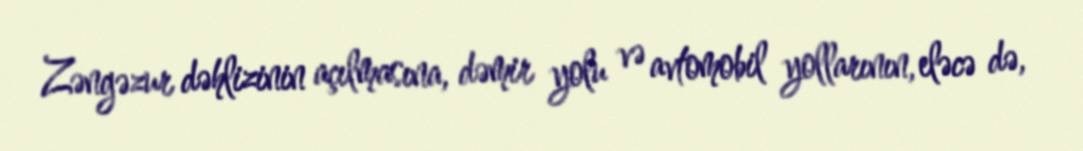
Zəngəzur dəhlizinin açılmasına, dəmir yolu və avtomobil yollarının, eləcə də,